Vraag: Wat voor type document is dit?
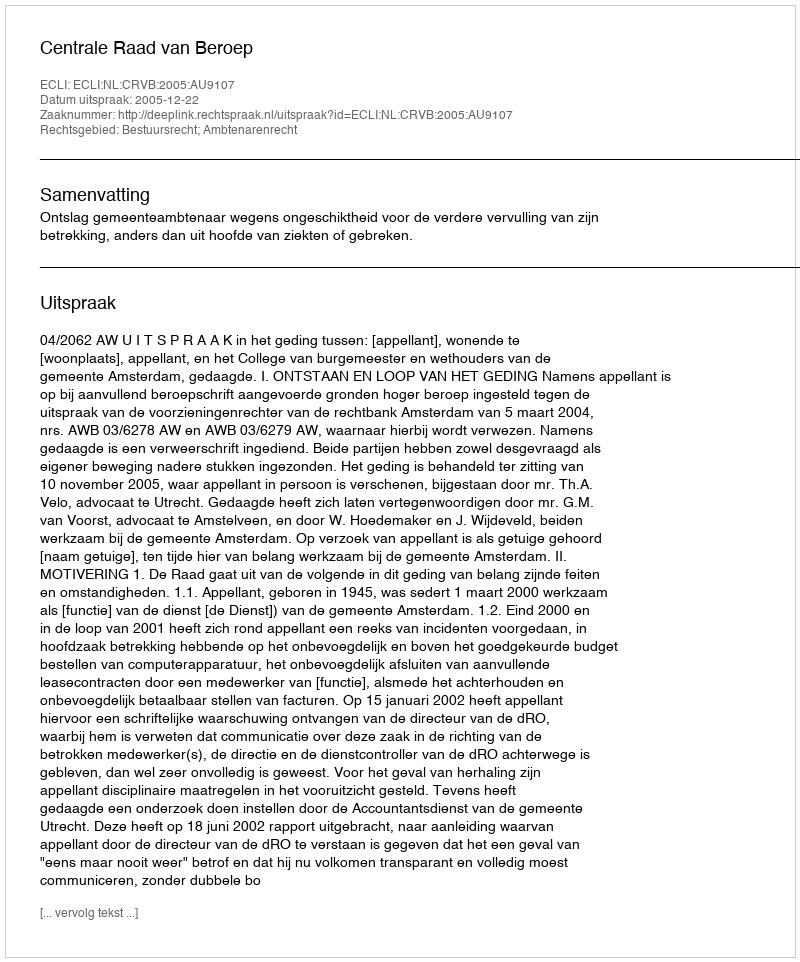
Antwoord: Uitspraak